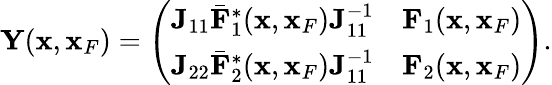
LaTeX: \begin{array}{r}{{\mathbf Y}({\mathbf x},{\mathbf x}_{F})=\left(\begin{array}{ll}{{\mathbf J}_{11}{{\bar{\mathbf F}}}_{1}^{*}({\mathbf x},{\mathbf x}_{F}){\mathbf J}_{11}^{-1}}&{{\mathbf F}_{1}({\mathbf x},{\mathbf x}_{F})}\\ {{\mathbf J}_{22}{{\bar{\mathbf F}}}_{2}^{*}({\mathbf x},{\mathbf x}_{F}){\mathbf J}_{11}^{-1}}&{{\mathbf F}_{2}({\mathbf x},{\mathbf x}_{F})}\end{array}\right).}\end{array}